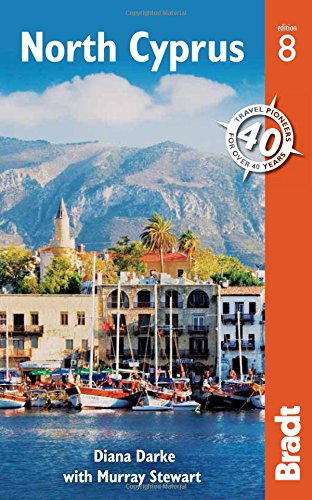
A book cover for North Cyprus (Bradt Travel Guide. North Cyprus); Murray Stewart; Travel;